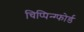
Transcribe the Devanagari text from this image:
चिप्पिन्ग्फोर्ड